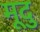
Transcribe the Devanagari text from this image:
मूदु